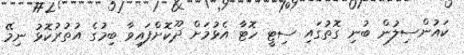
ކައުންސިލުން ބުނި ގޮތުގައި ސިޓީ ހޮޓާ އެޅުމަށް ދޫކޮށްފައިވާ ބިމުގެ އުތުރުކޮޅު ނިމޭ